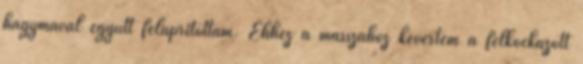
hagymával együtt felaprítottam. Ehhez a masszához kevertem a felkockázott